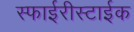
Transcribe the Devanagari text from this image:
स्फाईरीस्टाईक